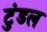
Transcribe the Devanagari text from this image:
टुंडल